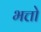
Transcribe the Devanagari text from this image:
भत्तो